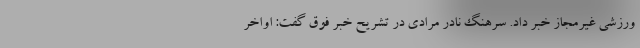
ورزشی غیرمجاز خبر داد. سرهنگ نادر مرادی در تشریح خبر فوق گفت: اواخر